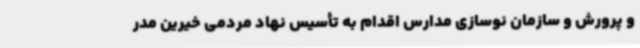
و پرورش و سازمان نوسازی مدارس اقدام به تأسیس نهاد مردمی خیرین مدر